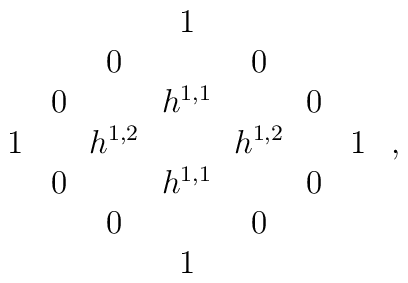
\begin{array}{c c c c c c c}           &  &              &  1 &   &  &    \\      & &      0\! &  & \! 0 & &        \\  & 0\! & &h^{1,1} & &\! 0 & \\  1 & & h^{1,2}\! & & \! h^{1,2}& &  1\\   & 0\! & & h^{1,1} & & \! 0& \\ & & 0\! & &\! 0 & & \\ & & & 1 & & &  \end{array}\ ,